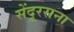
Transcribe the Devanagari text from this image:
सेंदूरसना